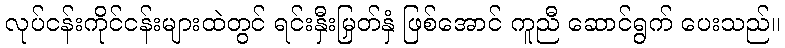
လုပ်ငန်းကိုင်ငန်းများထဲတွင် ရင်းနှီးမြှတ်နှံ ဖြစ်အောင် ကူညီ ဆောင်ရွက် ပေးသည်။